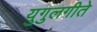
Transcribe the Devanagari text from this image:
युगुलगीते